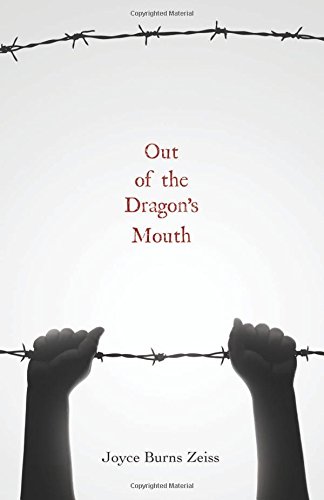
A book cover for Out of the Dragon's Mouth; Joyce Burns Zeiss; Teen & Young Adult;